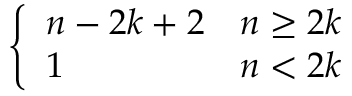
\left\{ \begin{array} { l l } { n - 2 k + 2 } & { n \geq 2 k } \\ { 1 } & { n < 2 k } \end{array} \right.